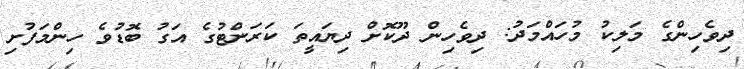
ދިވެހިންގެ މަލިކު މުހައްމަދު: ދިވެހިން ދޫކޮށް ދިޔައީތަ ކަރަންޓުގެ އަގު ބޮޑުވެ ހިންމަފުށި